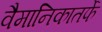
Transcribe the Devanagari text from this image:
वैमानिकातर्फे